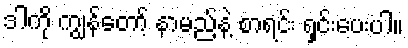
ဒါကို ကျွန်တော့် နာမည်နဲ့ စာရင်း ရှင်းပေးပါ။